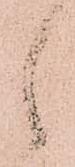
之